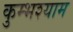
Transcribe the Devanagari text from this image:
कुम्भश्याम